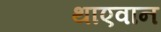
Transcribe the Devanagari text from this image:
थाएवान